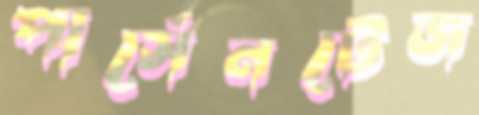
পার্সেনটেজ